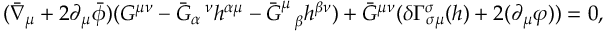
( \bar { \nabla } _ { \mu } + 2 \partial _ { \mu } \bar { \phi } ) ( { \cal G } ^ { \mu \nu } - \bar { G } _ { \alpha } ^ { ~ ~ \nu } h ^ { \alpha \mu } - \bar { G } _ { ~ ~ \beta } ^ { \mu } h ^ { \beta \nu } ) + \bar { G } ^ { \mu \nu } ( \delta \Gamma _ { \sigma \mu } ^ { \sigma } ( h ) + 2 ( \partial _ { \mu } \varphi ) ) = 0 ,